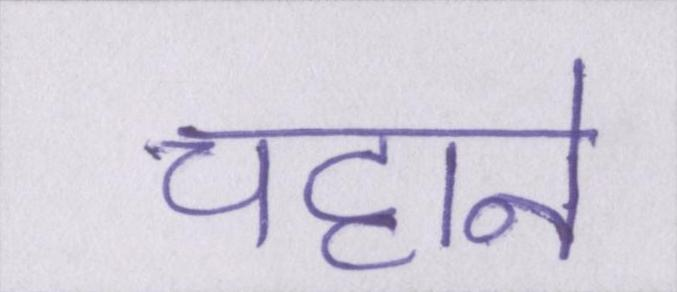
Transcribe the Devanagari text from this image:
चट्टाने